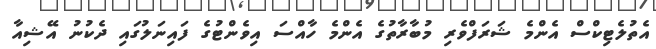
އެތުލެޓިކްސް އެންމެ ޝަރަފްވެރި މުބާރާތުގެ އެންމެ ހާއްސަ އިވެންޓުގެ ފައިނަލުގައި ދެކުނު އޭޝިއާ